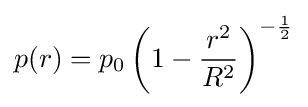
p(r)=p_{0}\left(1-{\frac {r^{2}}{R^{2}}}\right)^{-{\frac {1}{2}}}